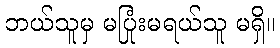
ဘယ်သူမှ မပြုံးမရယ်သူ မရှိ။